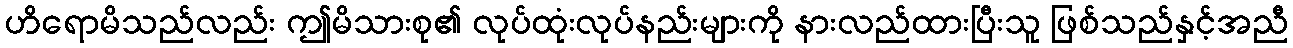
ဟိရောမိသည်လည်း ဤမိသားစု၏ လုပ်ထုံးလုပ်နည်းများကို နားလည်ထားပြီးသူ ဖြစ်သည်နှင့်အညီ